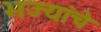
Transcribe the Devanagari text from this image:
भज्यांचे